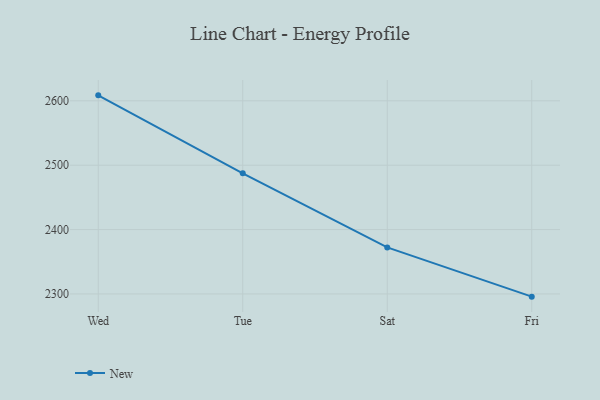
{"axis": {"x": "Day", "y": "Tickets Resolved"}, "legend": ["New"], "data": [{"x": "Wed", "y": 2608.5, "type": "New"}, {"x": "Tue", "y": 2487.4, "type": "New"}, {"x": "Sat", "y": 2372.3, "type": "New"}, {"x": "Fri", "y": 2295.8, "type": "New"}]}